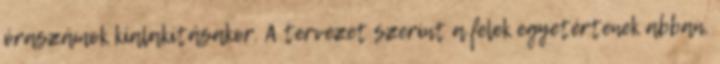
óraszámok kialakításakor. A tervezet szerint a felek egyetértenek abban,